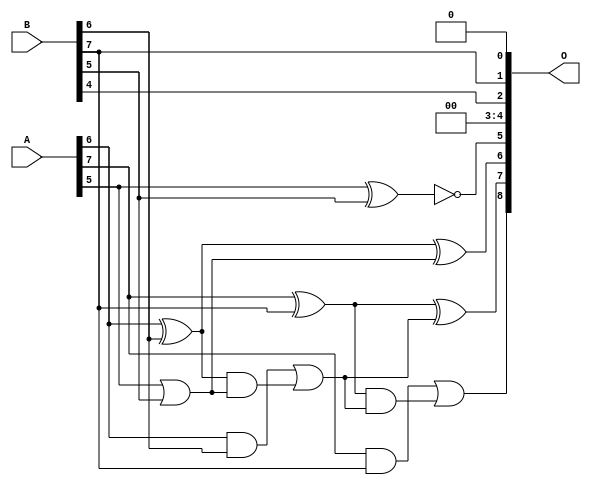
/***
* This code is a part of EvoApproxLib library (ehw.fit.vutbr.cz/approxlib) distributed under The MIT License.
* When used, please cite the following article(s): PRABAKARAN B. S., MRAZEK V., VASICEK Z., SEKANINA L., SHAFIQUE M. ApproxFPGAs: Embracing ASIC-based Approximate Arithmetic Components for FPGA-Based Systems. DAC 2020. 
***/
// MAE% = 2.01 %
// MAE = 10 
// WCE% = 6.64 %
// WCE = 34 
// WCRE% = 3100.00 %
// EP% = 97.07 %
// MRE% = 6.10 %
// MSE = 160 
// FPGA_POWER = 0.28
// FPGA_DELAY = 6.1
// FPGA_LUT = 3.0


module add8u_044(A, B, O);
  input [7:0] A, B;
  output [8:0] O;
  wire sig_42, sig_43, sig_44, sig_45, sig_47, sig_48;
  wire sig_49, sig_50;
  assign O[3] = 1'b0;
  assign O[5] = !(A[5] ^ B[5]);
  assign O[0] = 1'b0;
  assign sig_42 = A[5] | B[5];
  assign sig_43 = A[6] ^ B[6];
  assign sig_44 = A[6] & B[6];
  assign sig_45 = sig_43 & sig_42;
  assign O[6] = sig_43 ^ sig_42;
  assign sig_47 = sig_44 | sig_45;
  assign sig_48 = A[7] ^ B[7];
  assign sig_49 = A[7] & B[7];
  assign sig_50 = sig_48 & sig_47;
  assign O[7] = sig_48 ^ sig_47;
  assign O[8] = sig_49 | sig_50;
  assign O[1] = B[7];
  assign O[2] = B[4];
  assign O[4] = O[3];
endmodule